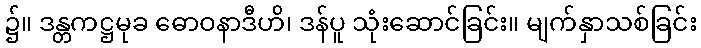
၌။ ဒန္တကဋ္ဌမုခ ဓောဝနာဒီဟိ၊ ဒန်ပူ သုံးဆောင်ခြင်း။ မျက်နှာသစ်ခြင်း